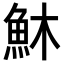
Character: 𩵦